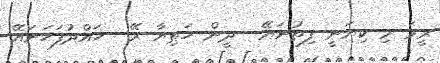
ރީމަ މި ކިޔަނީ ފިތުނަޔޭ  ދީން ހަތިޔާ ރޭ  ހައްދުފަހަނައޭ